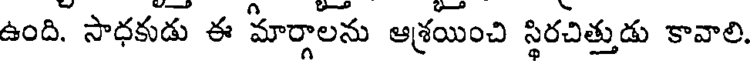
ఉంది. సాధకుడు ఈ మార్గాలను ఆశ్రయించి స్థిరచిత్తుడు కావాలి.